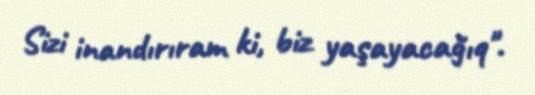
Sizi inandırıram ki, biz yaşayacağıq".